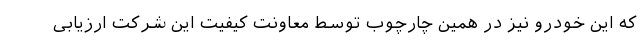
که این خودرو نیز در همین چارچوب توسط معاونت کیفیت این شرکت ارزیابی